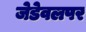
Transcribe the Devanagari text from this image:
जेडेवलपर